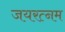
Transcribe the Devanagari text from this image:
जयरत्नम